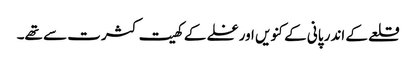
قلعے کے اندر پانی کے کنویں اورغلے کے کھیت کثرت سے تھے۔